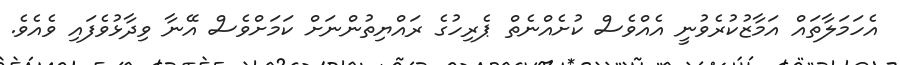
އެހަމަލާތައް އަމާޒުކުރެވުނީ އެއްވެސް ކުށެއްނެތް ޕެރިހުގެ ރައްޔިތުންނަށް ކަމަށްވެސް އޭނާ ވިދާޅުވެފައި ވެއެވެ.